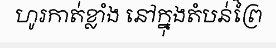
ហូរកាត់ខ្លាំង នៅក្នុងតំបន់ព្រៃ